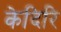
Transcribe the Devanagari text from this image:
केदिरि